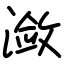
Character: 潋